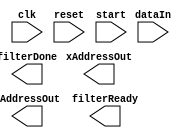
module addressCounter(
	input clk, 
	input reset, 
	input dataIn, 
	input start,
	output [7:0] xAddressOut, 
	output [7:0] yAddressOut,
	output filterDone,
	output reg filterReady
	);

reg state, nextState;

parameter IDLE = 1'b0, COUNT = 1'b1;

always @ (posedge clk) begin
	if (reset) begin
		state <= IDLE;
	end
	else begin
		state <= nextState;
	end
end

always @ (*) begin
	case (state)
		IDLE: begin
			if (start) begin
				nextState <= COUNT;
			end
			else begin
				nextState <= IDLE;
			end
		end
		COUNT: begin
			if (countDone) begin
				nextState <= IDLE;
			end
			else begin
				nextState <= COUNT;
			end
		end
	endcase
end

always @ (posedge clk) begin
	case (state)
		IDLE: begin
			jCounter <= 0;
		end
		COUNT: begin
			if (jCounter == 2) begin
				jCounter <= 0;
				if (iCounter == 2) begin
					iCounter <= 0;
					if (xAddressCntr == 237) begin
						xAddressCntr <= 0;
						if (yAddressCntr == 177) begin
							yAddressCntr <= 0;
						end
						else begin
							yAddressCntr <= yAddressCntr + 1'b1;
						end
					end
					else begin
						xAddressCntr <= 1'b1;
					end
				end
				else begin
					iCounter <= iCounter + 1'b1;
				end
			end
			else begin
				jCounter <= jCounter + 1'b1;
			end
		end
	endcase
end

endmodule